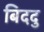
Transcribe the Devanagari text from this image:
बिददु